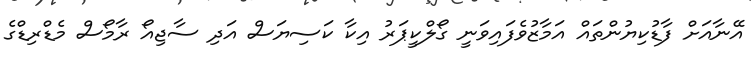
އޭނާއަށް ފާޑުކިޔުންތައް އަމާޒުވެފައިވަނީ ގޯލްކީޕަރު އިކާ ކަސިޔަސް އަދި ސާޖިއޯ ރާމޯސް މެޑްރިޑްގެ